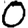
Digit: 0